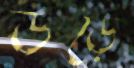
উড়ে